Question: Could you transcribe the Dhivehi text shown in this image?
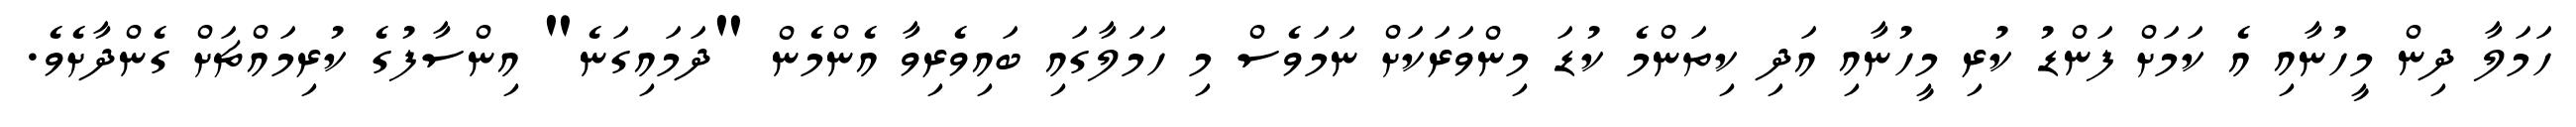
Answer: ހަމަލާ ދިން މީހުނާއި އެ ކަމަށް ފަންޑު ކުރި މީހުނާއި އަދި ކިތަންމެ ކުޑަ މިންވަރަކަށް ނަމަވެސް މި ހަމަލާގައި ބައިވެރިވާ އެންމެން "ދަމައިގަނެ" އިންސާފުގެ ކުރިމައްޗަށް ގެންދާށެވެ.